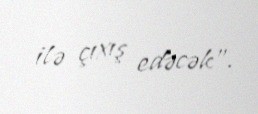
ilə çıxış edəcək”.